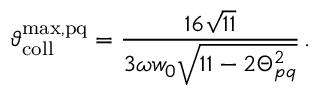
\vartheta _ { \mathrm { c o l l } } ^ { \mathrm { m a x , p q } } = \frac { 1 6 \sqrt { 1 1 } } { 3 \omega w _ { 0 } \sqrt { 1 1 - 2 \Theta _ { p q } ^ { 2 } } } \, .